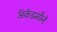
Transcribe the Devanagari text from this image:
ॲकॅडमीने